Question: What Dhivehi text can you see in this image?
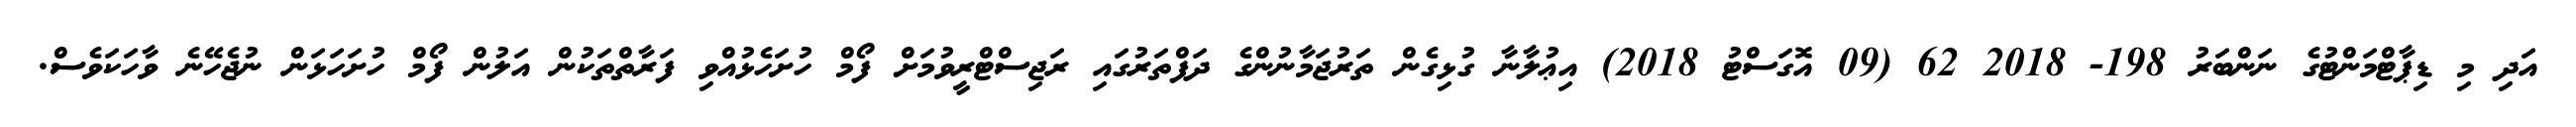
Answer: އަދި މި ޑިޕާޓްމަންޓުގެ ނަންބަރު 198- 2018 62 (09 އޮގަސްޓު 2018) އިޢުލާނާ ގުޅިގެން ތަރުޖަމާނުންގެ ދަފްތަރުގައި ރަޖިސްޓްރީވުމަށް ފޯމް ހުށަހެޅުއްވި ފަރާތްތަކުން އަލުން ފޯމް ހުށަހަޅަން ނުޖެހޭނެ ވާހަކަވެސް.